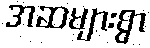
အဆများစွာ